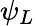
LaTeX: \psi_{L}